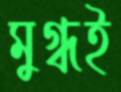
মুগ্ধই